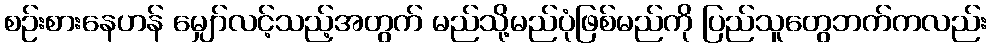
စဉ်းစားနေဟန် မျှော်လင့်သည့်အတွက် မည်သို့မည်ပုံဖြစ်မည်ကို ပြည်သူတွေဘက်ကလည်း